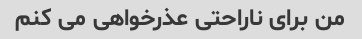
من برای ناراحتی عذرخواهی می کنم